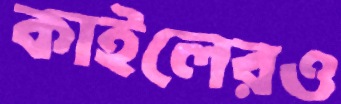
কাইলেরও